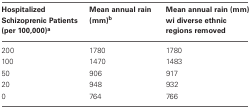
<table><thead><tr><td><b>Hospitalized Schizoprenic Patients (per 100,000)<sup>a</sup></b></td><td><b>Mean annual rain (mm)<sup>b</sup></b></td><td><b>Mean annual rain (mm) wi diverse ethnic regions removed</b></td></tr></thead><tbody><tr><td>200</td><td>1780</td><td>1780</td></tr><tr><td>100</td><td>1470</td><td>1483</td></tr><tr><td>50</td><td>906</td><td>917</td></tr><tr><td>20</td><td>948</td><td>932</td></tr><tr><td>0</td><td>764</td><td>766</td></tr></tbody></table>